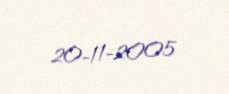
20-11-2005